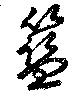
籃